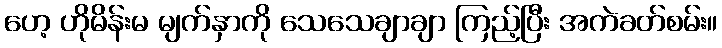
ဟေ့ ဟိုမိန်းမ မျက်နှာကို သေသေချာချာ ကြည့်ပြီး အကဲခတ်စမ်း။